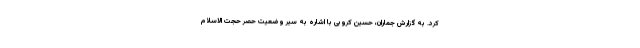
کرد. به گزارش جماران، حسین کروبی با اشاره به سیر وضعیت حصر حجت الاسلام